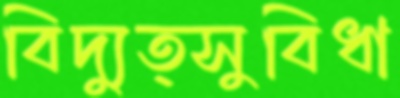
বিদ্যুত্সুবিধা